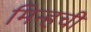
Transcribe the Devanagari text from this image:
मिन्हची